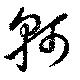
軻